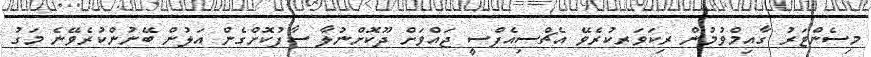
މިސެންޓަރު ގާއިމްވުމުން ރިކަވަރކުރެވޭ އެޗްސިއެފްސީ ޖައްވަށް ދޫކޮށްނުލާ ސާފުކޮށްގެން އަލުން ބޭނުންކުރެވޭނެ މަގު